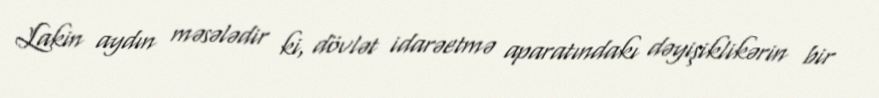
Lakin aydın məsələdir ki, dövlət idarəetmə aparatındakı dəyişiklikərin bir